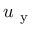
u _ { \mathrm { ~ y ~ } }